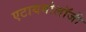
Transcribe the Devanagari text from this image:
एटायमोलॉजी